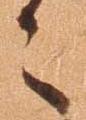
々